Document type: Sale
Year: 1440
Scribe: Pere Pau Pujades
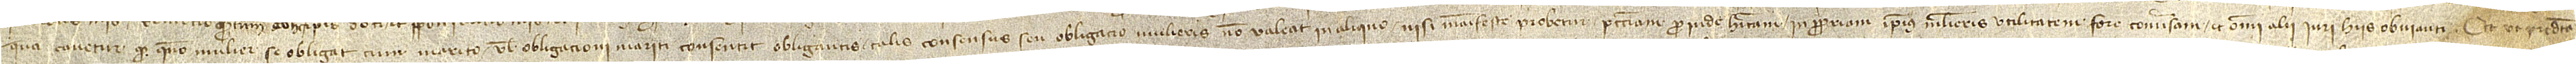
qua cavetur quod quando mulier se obligat cum marito vel obligacioni mariti consentit obligantis, talis consensus seu obligatio mulieris non valeat in aliqui nisi manifeste probetur peccuniam pro inde habitam in propriam ipsius mulieris utilitatem fore conversam; et omni alii iuri hiis obvianti. Et ut predicta